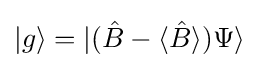
|g\rangle =|({\hat {B}}-\langle {\hat {B}}\rangle )\Psi \rangle